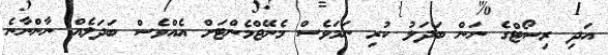
އަދި ރިސޯޓްގެ ނަން ބަދަލު ކުރި ނަމަވެސް މެނޭޖްމެންޓަށް އެއްވެސް ބަދަލެއް ނާންނާނެ